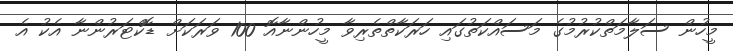
މީހުން ސަލާމަތްކުރުމުގެ މަސައްކަތުގައި ހަރަކާތްތެރިވާ މީހުންނާއޮ 100 ވަރަކަށް ޑޮކްޓަރުންނާ އެކު އެ